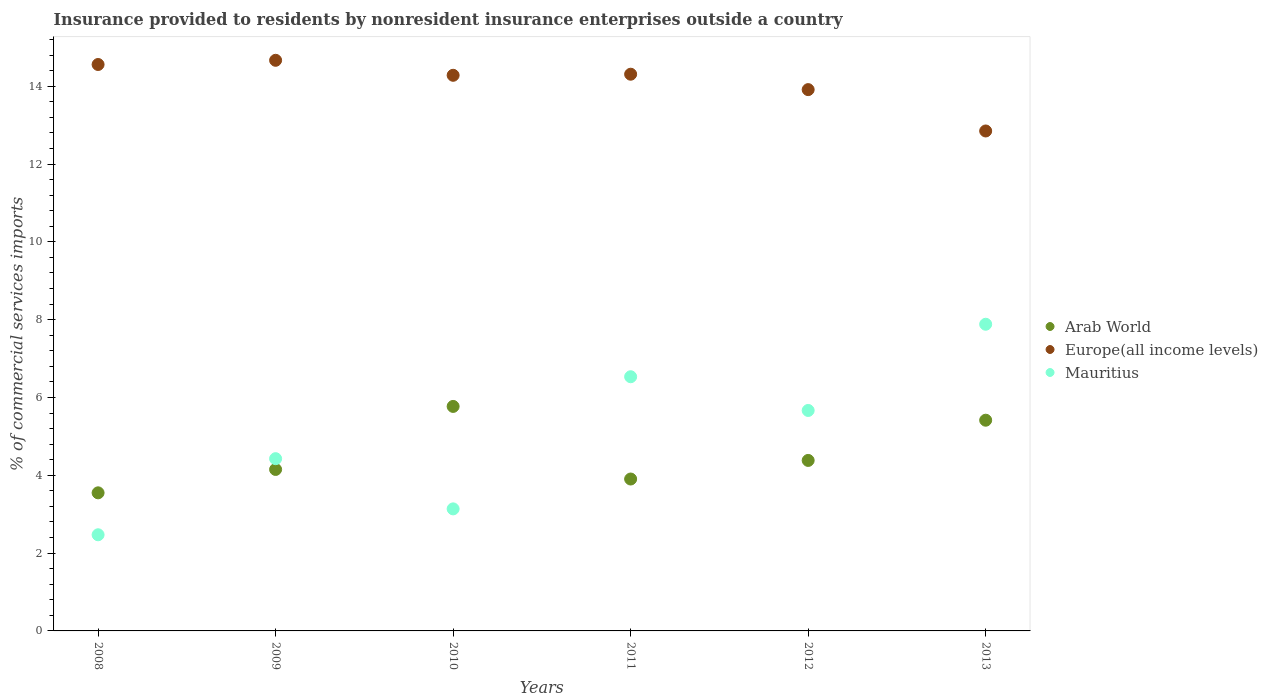
| Years | Arab World | Europe(all income levels) | Mauritius |
 | --- | --- | --- | --- |
 | 2008 | 3.55 | 14.6 | 2.47 |
 | 2009 | 4.15 | 14.7 | 4.43 |
 | 2010 | 5.77 | 14.3 | 3.14 |
 | 2011 | 3.9 | 14.3 | 6.53 |
 | 2012 | 4.38 | 13.9 | 5.67 |
 | 2013 | 5.42 | 12.9 | 7.88 |